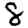
Digit: 8